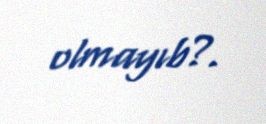
olmayıb?.